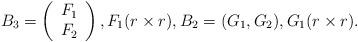
LaTeX: \begin{align*}B_3=\left(\begin{array}{c} F_1 \\ F_2 \\\end{array}\right), F_1(r \times r), B_2=(G_1, G_2), G_1(r \times r).\end{align*}